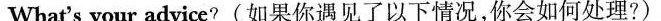
What's your advice?(如果你遇见了以下情况,你会如何处理?)